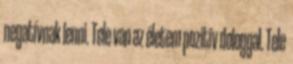
negatívnak lenni. Tele van az életem pozitív dologgal. Tele